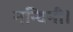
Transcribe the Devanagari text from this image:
नन्दिनी।